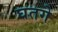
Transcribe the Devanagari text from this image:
घतगे